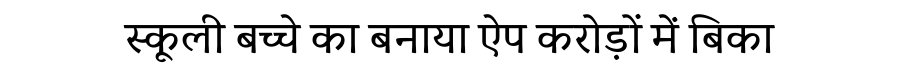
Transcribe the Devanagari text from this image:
स्कूली बच्चे का बनाया ऐप करोड़ों में बिका